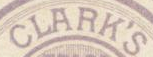
CLARK'S